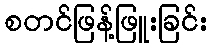
စတင်ဖြန့်ဖြူးခြင်း